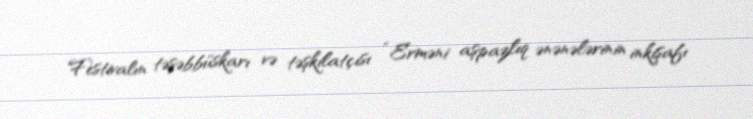
Festivalın təşəbbüskarı və təşkilatçısı “Erməni aşpazlıq ənənələrinin inkişafı